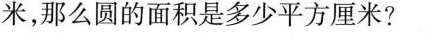
米，那么圆的面积是多少平方厘米?